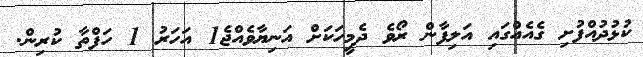
ކުޅުދުއްފުށި ގެއެއްގައި އަލިފާން ރޯވެ ދެމީހަކަށް އަނިޔާވެއްޖެ1 އަހަރު 1 ހަފްތާ ކުރިން.